Civil Veterinary Department. Central Provinces & Berar 1925-31 - 1925-1931
Year: 1925
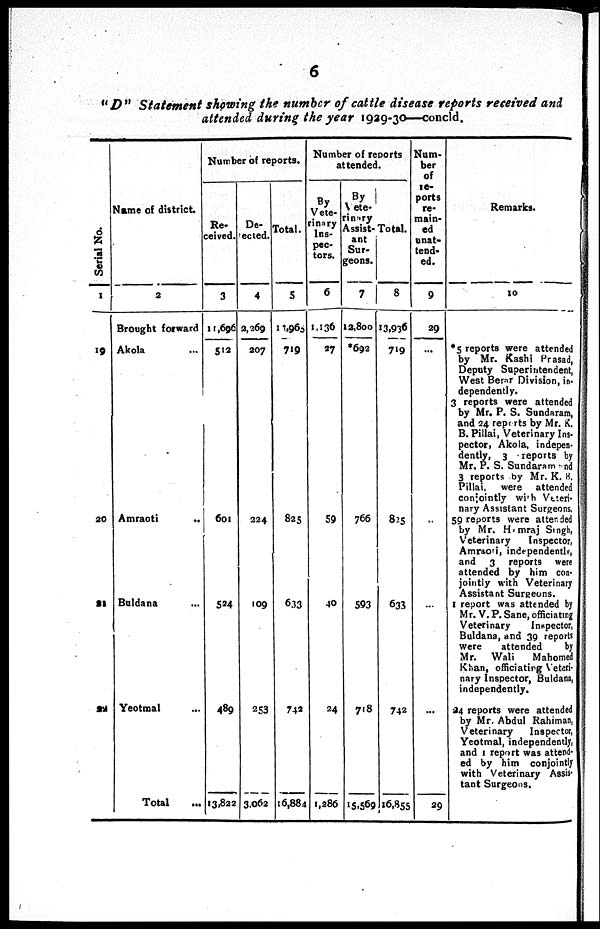
6
"D" Statement showing the number of cattle disease reports received and
attended during the year 1929-30—concld.
Serial No.
1
19
20
21
22
Name of district.
2
Brought forward
Akola ...
Amrmoti
...
Buldana ...
Yeotmal ...
Total ...
Number of
reports.
Re-
ceived.
3
11,695
512
601
524
489
13,822
De-
ected.
4
2,269
307
224
109
253
3,063
Total.
5
11,965
719
825
633
742
16,884
Number of reports
attended.
By
Vete-
rinary
Ins-
pec-
tors.
6
1,136
27
59
40
24
1,286
By
Vete-
rinary
Assitt-
ant
Sur-
geons.
7
13,800
*692
766
593
718
15,569
Total.
8
13,936
719
825
633
742
16,855
Num-
ber
of
re-
ports
re-
main-
ed
unat-
tend-
ed.
9
29
...
...
...
...
29
Remarks.
10
*5 reports were attended
by Mr. Kashi Prasad,
Deputy Superintendent,
West Berar Division, in-
dependently.
3 reports were attended
by Mr. P. S. Sundaram,
and 24 reports by Mr. K.
B. Pillai, Veterinary Ins-
pector, Akola, indepen-
dently, 3
reports by
Mr. P. S. Sundaram and
3 reports by Mr. K. H.
Pillai,
were
attended
conjointly with Veteri-
nary Assistant Surgeons.
59 reports were attended
by Mr. H mraj Singh,
Veterinary
Inspector,
Amraod, independently,
and
3
reports were
attended by him con-
jointly with Veterinary
Assistant Surgeons.
1 report was attended by
Mr. V. P. Sane, officiating
Veterinary
Inspector,
Buldans, and 39 reports
were
attended
by
Mr.
Wali
Mahomed
Khan, officiating Veteri-
nary Inspector, Buldaes,
independently.
24 reports were attended
by Mr. Abdul Rahiman,
Veterinary
Inspector,
Yeotmal, independently,
and 1 report was attend-
ed by him conjointly
with Veterinary Assis-
tant Surgeons.